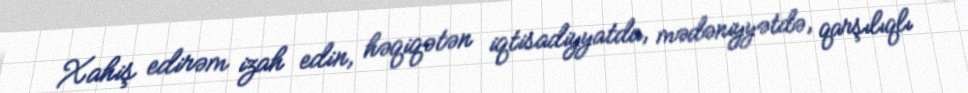
Xahiş edirəm izah edin, həqiqətən iqtisadiyyatda, mədəniyyətdə, qarşılıqlı